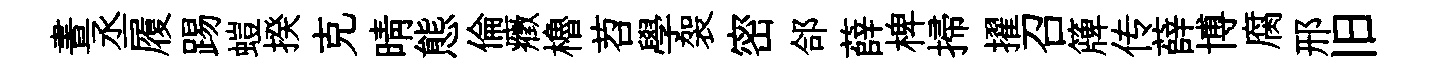
晝丞履踢螘揆克晴態倫癥櫓苕學袈密郃薛椑掃擢召簰传薛博腐邢旧